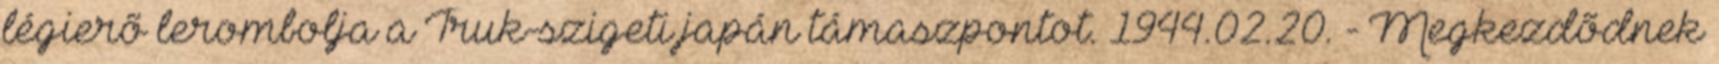
légierõ lerombolja a Truk-szigeti japán támaszpontot. 1944.02.20. - Megkezdõdnek